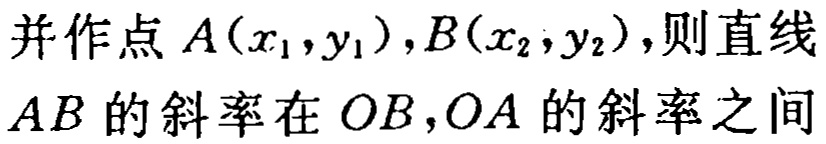
并作点 \(A(x_{1},y_{1}),B(x_{2},y_{2})\)，则直线 \(AB\) 的斜率在 \(OB,OA\) 的斜率之间